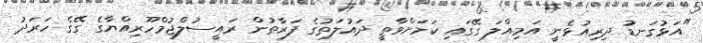
"އަޅުގަނޑު ދިރިއުޅެނީ އަމިއްލަ ގޭގައި ކަމަށްވާތީ ދައުލަތުގެ ފަރާތުން ރައީސުލްޖުމްހޫރިއްޔާގެ ގޭގެ ހަރަދު